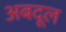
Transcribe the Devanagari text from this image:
अबदूल